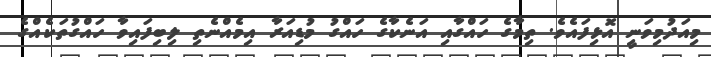
މިއަދުމިވަނީ އޮޅިފައެވެ. ތިމާގެ ހައްގާއި އަނެކާގެ ހައްގު މުޑިއަރާ އިމެއްނެތި ލިބިފައިވާ ހައްގުތަކެއްގެ